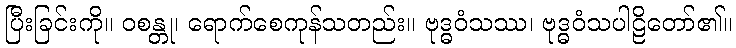
ပြီးခြင်းကို။ ဝစန္တု၊ ရောက်စေကုန်သတည်း။ ဗုဒ္ဓဝံသဿ၊ ဗုဒ္ဓဝံသပါဠိတော်၏။